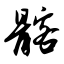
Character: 髂